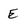
Character: E